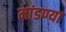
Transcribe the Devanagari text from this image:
मांडण्या